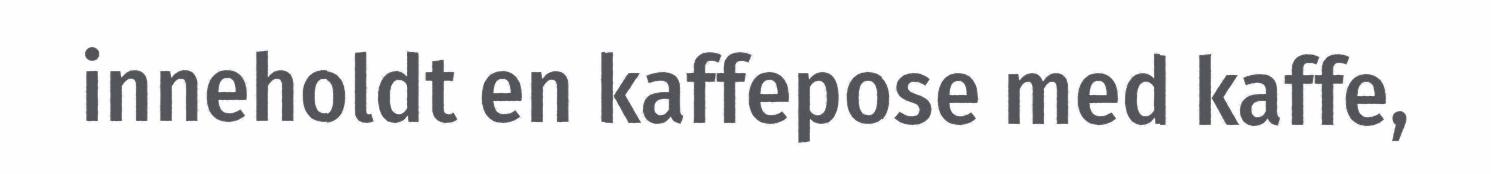
inneholdt en kaffepose med kaffe,